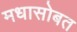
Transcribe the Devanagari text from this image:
मधासोबत